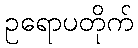
ဥရောပတိုက်